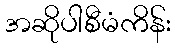
အဆိုပါစီမံကိန်း